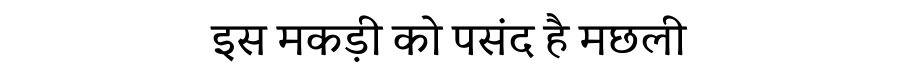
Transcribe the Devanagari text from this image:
इस मकड़ी को पसंद है मछली